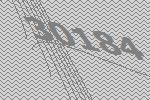
30184